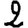
Digit: 2